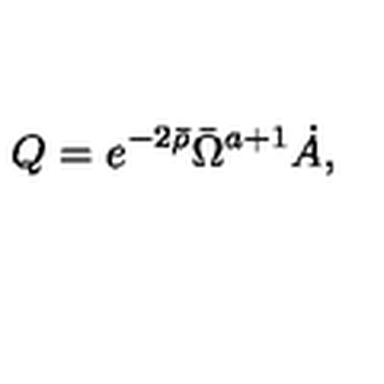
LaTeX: Q = e ^ { - 2 \bar { \rho } } \bar { \Omega } ^ { a + 1 } \dot { A } ,